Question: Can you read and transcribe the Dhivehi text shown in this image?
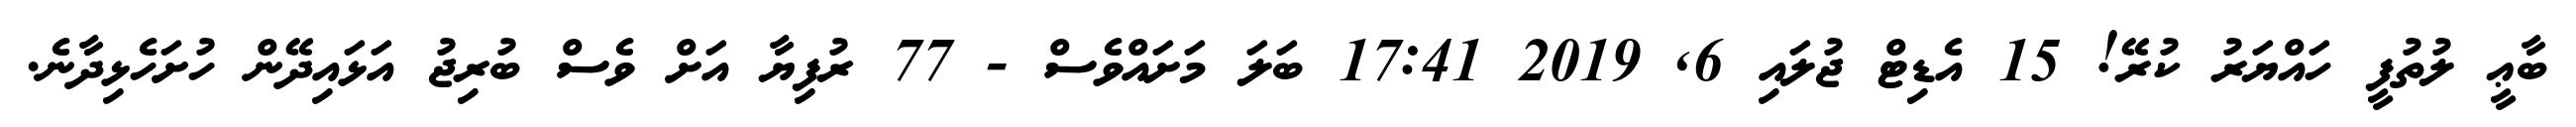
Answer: ބާޢީ ލުތުފީ ހައްޔަރު ކުރޭ! 15 އެޑިޓް ޖުލައި 6, 2019 17:41 ބަލަ މަށައްވެސް - 77 ރުފިޔާ އަށް ވެސް ބުރިޖު އަޅައިދޭން ހުށަހެޅިދާނެ.